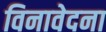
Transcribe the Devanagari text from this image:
विनावेदना